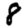
Digit: 8